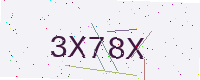
Text: 3X78X